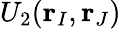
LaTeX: U_{2}(\mathbf{r}_{I},\mathbf{r}_{J})